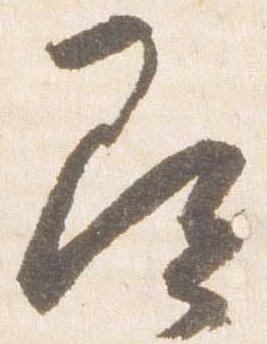
即